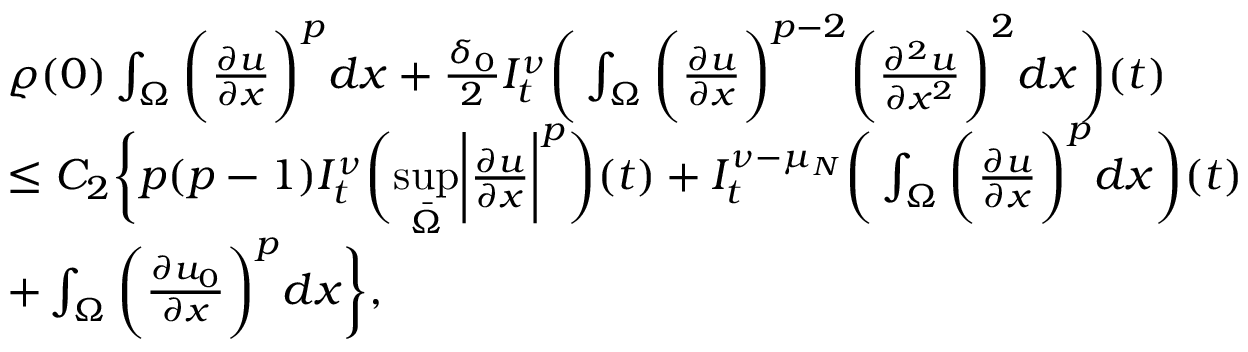
\begin{array} { r l } & { \varrho ( 0 ) \int _ { \Omega } \bigg ( \frac { \partial u } { \partial x } \bigg ) ^ { p } d x + \frac { \delta _ { 0 } } { 2 } I _ { t } ^ { \nu } \bigg ( \int _ { \Omega } \bigg ( \frac { \partial u } { \partial x } \bigg ) ^ { p - 2 } \bigg ( \frac { \partial ^ { 2 } u } { \partial x ^ { 2 } } \bigg ) ^ { 2 } d x \bigg ) ( t ) } \\ & { \leq C _ { 2 } \bigg \{ p ( p - 1 ) I _ { t } ^ { \nu } \bigg ( \underset { \bar { \Omega } } { \operatorname* { s u p } } \bigg | \frac { \partial u } { \partial x } \bigg | ^ { p } \bigg ) ( t ) + I _ { t } ^ { \nu - \mu _ { N } } \bigg ( \int _ { \Omega } \bigg ( \frac { \partial u } { \partial x } \bigg ) ^ { p } d x \bigg ) ( t ) } \\ & { + \int _ { \Omega } \bigg ( \frac { \partial u _ { 0 } } { \partial x } \bigg ) ^ { p } d x \bigg \} , } \end{array}